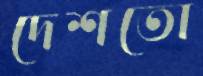
দেশতো